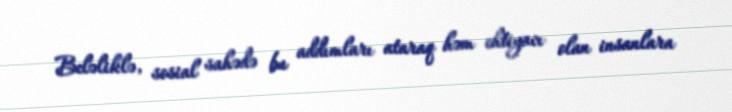
Beləliklə, sosial sahədə bu addımları ataraq həm ehtiyacı olan insanlara